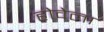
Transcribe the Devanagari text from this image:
होवेला